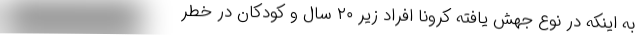
به اینکه در نوع جهش یافته کرونا افراد زیر ۲۰ سال و کودکان در خطر